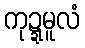
ကုဍ္ဍမူလံ